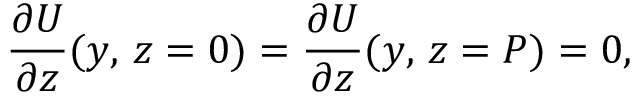
\frac { \partial U } { \partial z } ( y , \, z = 0 ) = \frac { \partial U } { \partial z } ( y , \, z = P ) = 0 ,